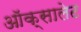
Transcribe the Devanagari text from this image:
ऑक्सालेट